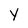
Character: y